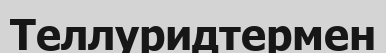
Теллуридтермен